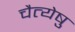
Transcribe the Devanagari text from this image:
चैत्येषु